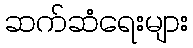
ဆက်ဆံရေးများ